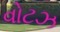
વોટઝ